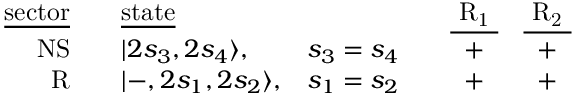
\begin{array} { r c l c c c c } { { \mathrm { \underline { { { s e c t o r } } } } } } & { { { } } } & { { \mathrm { \underline { { { s t a t e } } } } } } & { { { } } } & { { { } } } & { { \mathrm { \underline { { { ~ R _ { 1 } ~ } } } } } } & { { \mathrm { \underline { { { ~ R _ { 2 } ~ } } } } } } \\ { { \mathrm { N S } } } & { { { } } } & { { | 2 s _ { 3 } , 2 s _ { 4 } \rangle , } } & { { s _ { 3 } = s _ { 4 } } } & { { { } } } & { { + } } & { { + } } \\ { { \mathrm { R } } } & { { { } } } & { { | - , 2 s _ { 1 } , 2 s _ { 2 } \rangle , } } & { { s _ { 1 } = s _ { 2 } } } & { { { } } } & { { + } } & { { + } } \end{array}